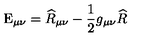
\mathrm { E } _ { \mu \nu } = \widehat { R } _ { \mu \nu } - \frac { 1 } { 2 } g _ { \mu \nu } \widehat { R }